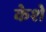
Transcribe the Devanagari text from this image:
केशे